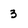
Character: 3